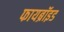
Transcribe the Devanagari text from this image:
फायब्रॉइड